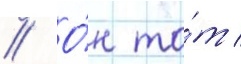
// О́н то́т /